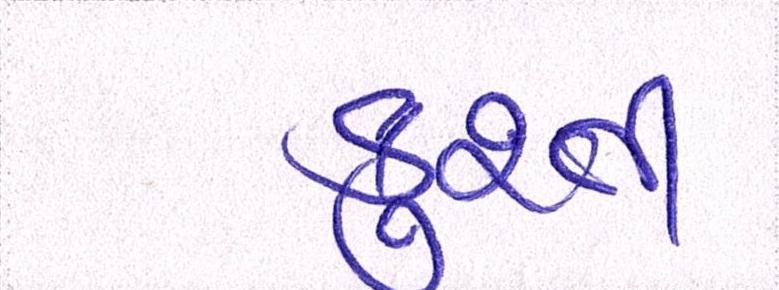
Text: કુશ્તી